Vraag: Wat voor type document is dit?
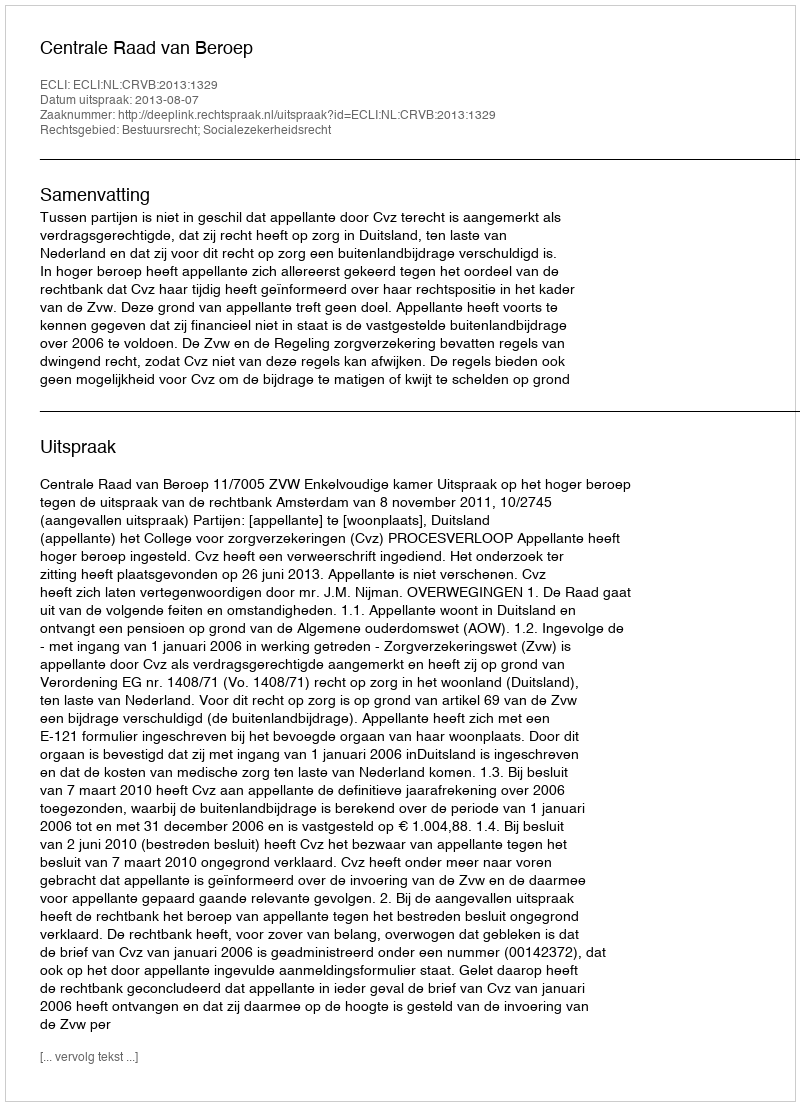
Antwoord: Uitspraak